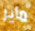
ماير